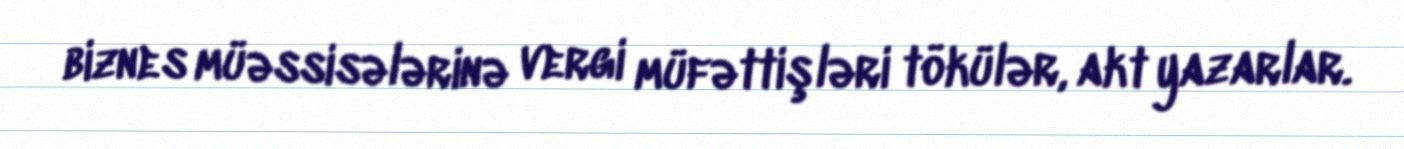
biznes müəssisələrinə vergi müfəttişləri tökülər, akt yazarlar.